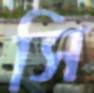
সি